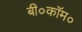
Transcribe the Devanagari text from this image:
बी०कॉम०